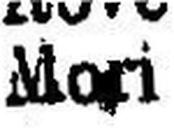
Mori